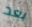
بعد